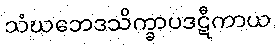
သံဃဘေဒသိက္ခာပဒဋီကာယ